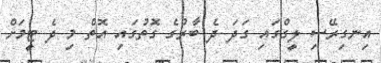
އިނގިރޭސި ލީގްގައި ގަދަ ދެ ބާރުގެ ގޮތުގައި އޮތް މި ދެ ޓީމަށް